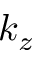
k _ { z }